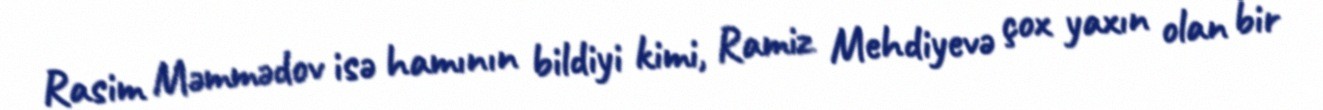
Rasim Məmmədov isə hamının bildiyi kimi, Ramiz Mehdiyevə çox yaxın olan bir